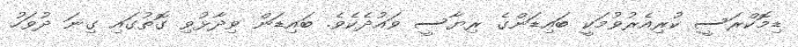
ޑިމޮކްރަސީ ކުރިއެރުވުމަކީ ބައިޑަންގެ ރިޔާސީ ވައުދެކެވެ. ބައިޑަން ވިދާޅުވި ގޮތުގައި ގިނަ ދުވަހު